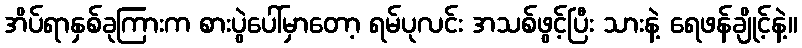
အိပ်ရာနှစ်ခုကြားက စားပွဲပေါ်မှာတော့ ရမ်ပုလင်း အသစ်ဖွင့်ပြီး သားနဲ့ ရေဖန်ချိုင့်နဲ့။